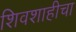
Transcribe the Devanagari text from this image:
शिवशाहीचा